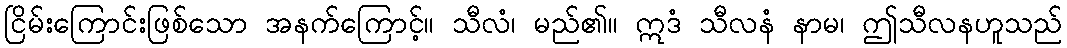
ငြိမ်းကြောင်းဖြစ်သော အနက်ကြောင့်။ သီလံ၊ မည်၏။ ဣဒံ သီလနံ နာမ၊ ဤသီလနဟူသည်